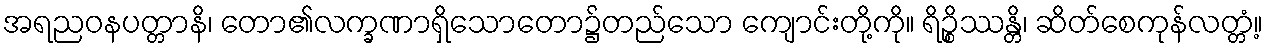
အရညဝနပတ္တာနိ၊ တော၏လက္ခဏာရှိသောတော၌တည်သော ကျောင်းတို့ကို။ ရိဉ္စိဿန္တိ၊ ဆိတ်စေကုန်လတ္တံ့။